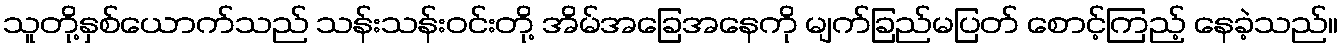
သူတို့နှစ်ယောက်သည် သန်းသန်းဝင်းတို့ အိမ်အခြေအနေကို မျက်ခြည်မပြတ် စောင့်ကြည့် နေခဲ့သည်။